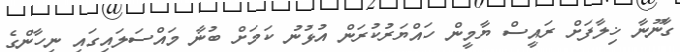
ގާނޫނާ ޚިލާފަށް ރައީސް ޔާމީން ހައްޔަރުކުރަން އުޅުނު ކަމަށް ބުނާ މައްސަލައިގައި ނިހާންގެ